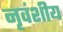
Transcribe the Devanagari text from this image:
नृवंशीय